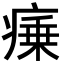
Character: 𭼜